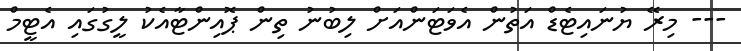
--- މިރޭ ޔުނައިޓެޑް އަތުން އެވަޓަންއަށް ލިބުނު ތިން ޕޮއިންޓާއެކު ލީގުގައި އެޓީމް